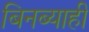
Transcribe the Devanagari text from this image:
बिनब्याही